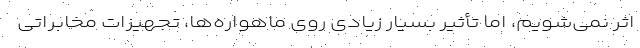
اثر نمی‌شویم، اما تأثیر بسیار زیادی روی ماهواره‌ها، تجهیزات مخابراتی